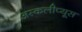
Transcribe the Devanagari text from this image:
अस्कलीप्यूस